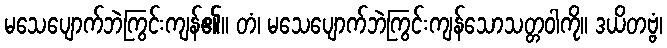
မသေပျောက်ဘဲကြွင်းကျန်၏။ တံ၊ မသေပျောက်ဘဲကြွင်းကျန်သောသတ္တဝါကို။ ဒယိတဗ္ဗံ၊